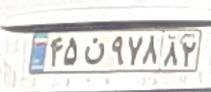
۴۵ن۹۷۸۸۲